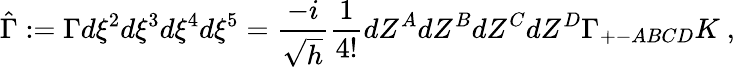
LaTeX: \hat{\Gamma}:=\Gamma d\xi^{2}d\xi^{3}d\xi^{4}d\xi^{5}=\frac{-i}{\sqrt{h}}\frac{1}{4!}dZ^{A}dZ^{B}dZ^{C}dZ^{D}\Gamma_{+-ABCD}K~,